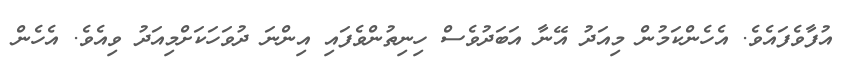
އުފާވެފައެވެ. އެހެންކަމުން މިއަދު އޭނާ އަބަދުވެސް ހިނިތުންވެފައި އިންނަ ދުވަހަކަށްމިއަދު ވިއެވެ. އެހެން